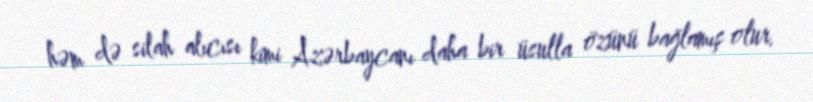
həm də silah alıcısı kimi Azərbaycanı daha bir üsulla özünü bağlamış olur.